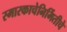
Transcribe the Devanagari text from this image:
स्मारकाचेनिर्मितीचे